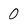
Character: 0